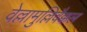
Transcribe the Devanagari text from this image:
वेल्लामुल्लिवैक्कल